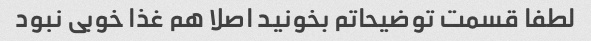
لطفا قسمت توضیحاتم بخونید اصلا هم غذا خوبی نبود